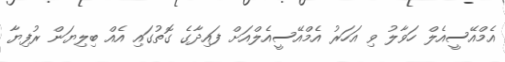
އެމްއޭސީއެލް ހަވާލު ވި އަހަރު އެމްއޭސީއެލްއަށް ފައިދާގެ ގޮތުގައި އެއް ބިލިޔަން ރުފިޔާ